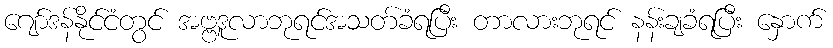
ဂျော်ဒန်နိုင်ငံတွင် အဗ္ဗဒူလာဘုရင်အသတ်ခံရပြီး တာလားဘုရင် နန်းချခံရပြီး နှောက်